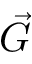
\vec { G }